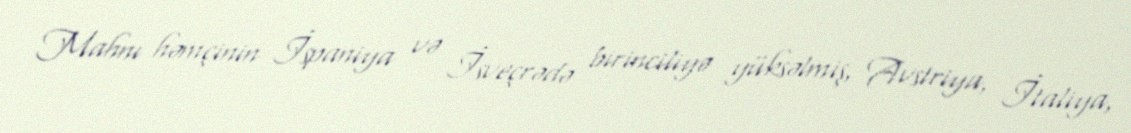
Mahnı həmçinin İspaniya və İsveçrədə birinciliyə yüksəlmiş, Avstriya, İtaliya,